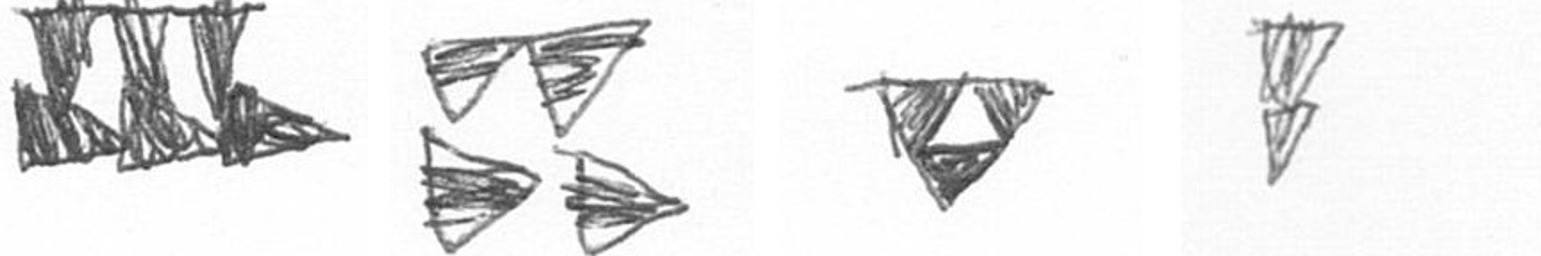
D B S Z